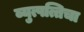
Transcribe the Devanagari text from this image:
व्युत्पत्तिचा